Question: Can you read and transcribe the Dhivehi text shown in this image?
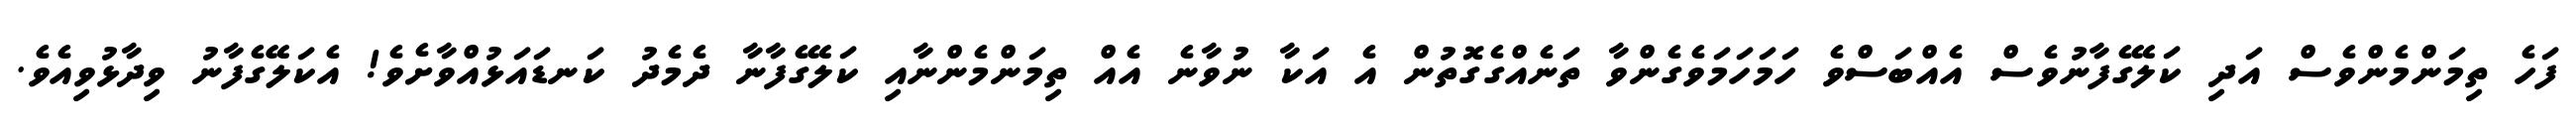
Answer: ފަހެ ތިމަންމެންވެސް އަދި ކަލޭގެފާނުވެސް އެއްބަސްވެ ހަމަހަމަވެގެންވާ ތަނެއްގެގޮތުން އެ އަކާ ނުވާނެ އެއް ތިމަންމެންނާއި ކަލޭގެފާނާ ދެމެދު ކަނޑައަޅުއްވާށެވެ! އެކަލޭގެފާނު ވިދާޅުވިއެވެ.